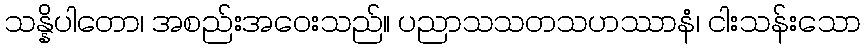
သန္နိပါတော၊ အစည်းအဝေးသည်။ ပညာသသတသဟဿာနံ၊ ငါးသန်းသော